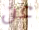
عن